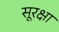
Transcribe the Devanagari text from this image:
सूरक्षा